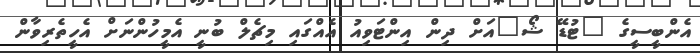
އެންބީސީގެ "ޓުޑޭ ޝޯ"އަށް ދިން އިންޓަވިއު އެއްގައި މިޗެލް ބުނީ އެމީހުންނަށް އެހީތެރިވާން